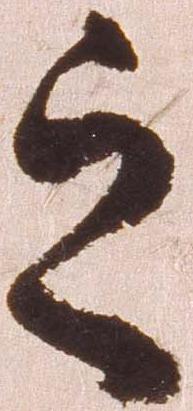
之